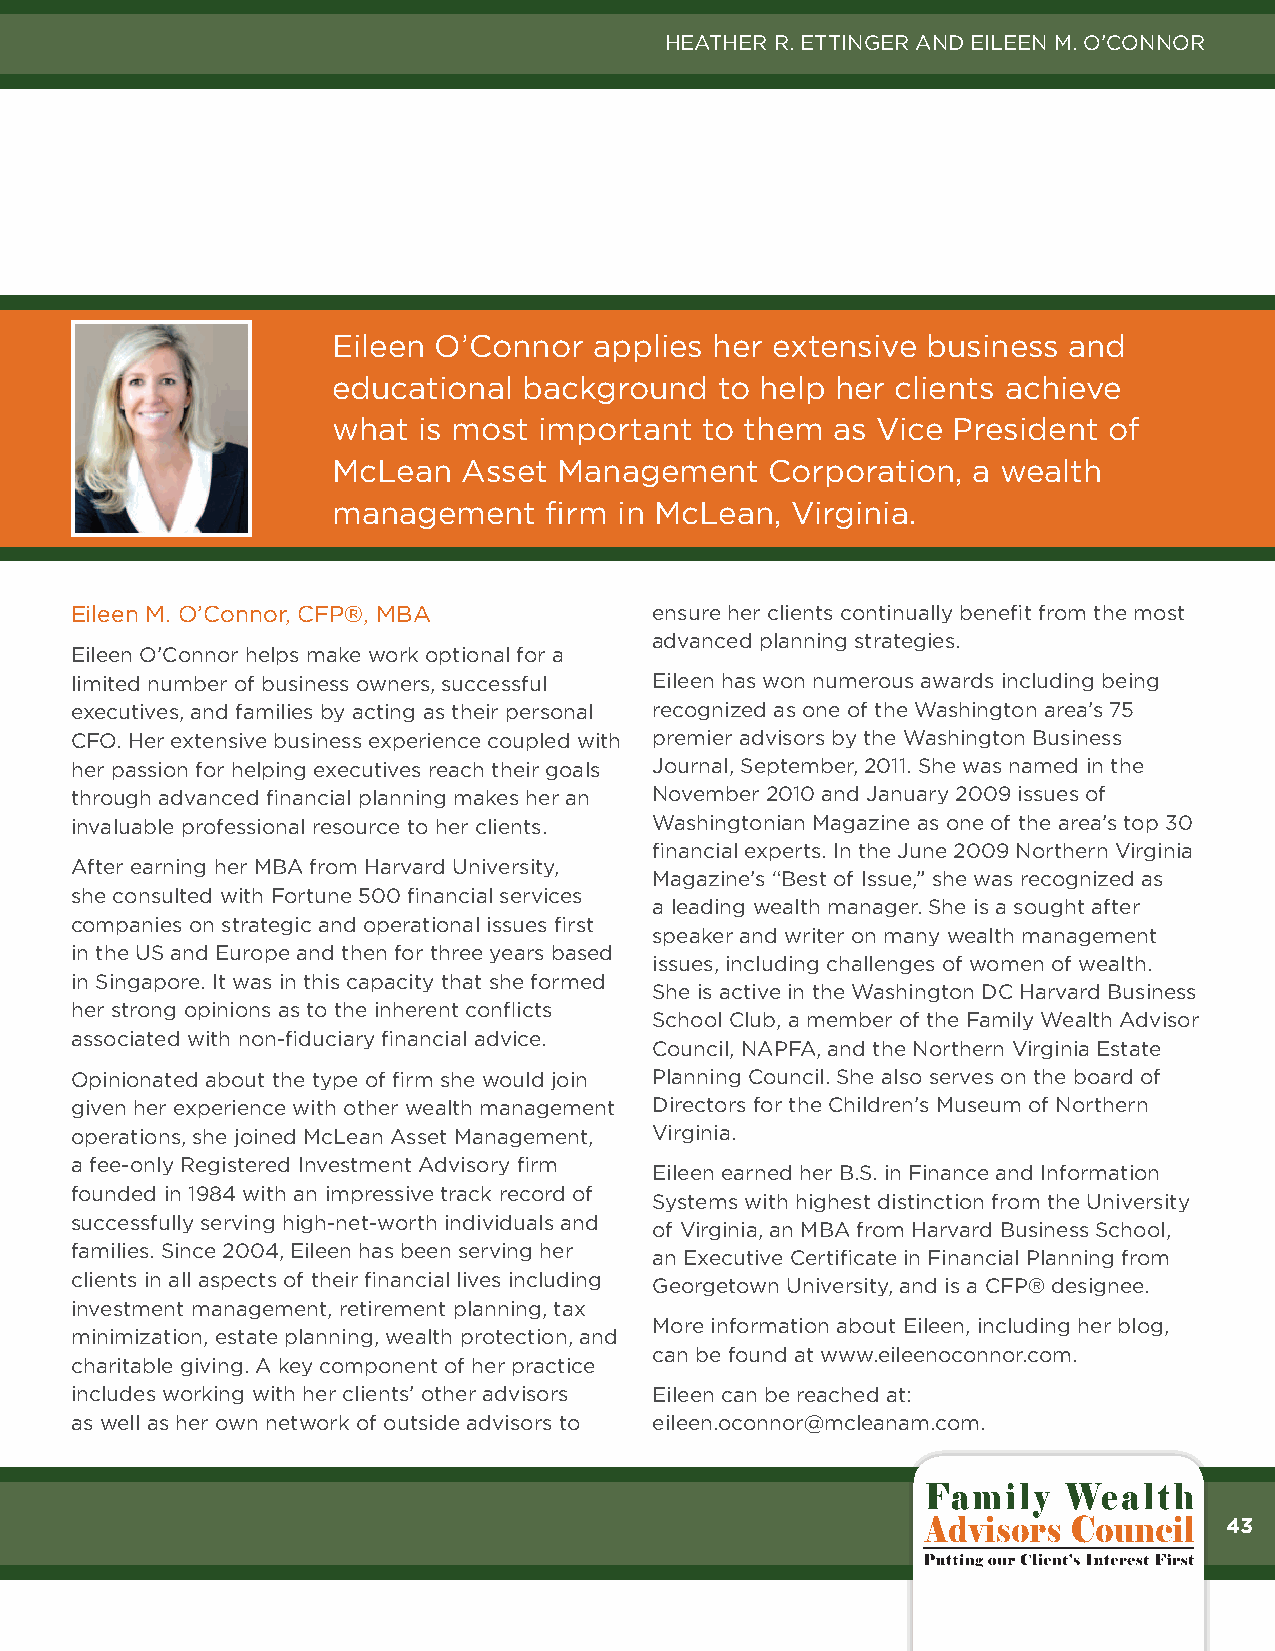
HEATHER R. ETTINGER AND EILEEN M. O’CONNOR
 Eileen O’Connor  applies her extensive business  and
 educational  background   to help her clients achieve
 what  is most important to them  as Vice President of
 McLean   Asset Management    Corporation, a wealth
 management    firm in McLean, Virginia.
 Eileen M. O’Connor, CFP®, MBA         ensure her clients continually benefit from the most
 advanced planning strategies.
 Eileen O’Connor helps make work optional for a
 limited number of business owners, successful Eileen has won numerous awards including being
 executives, and families by acting as their personal recognized as one of the Washington area’s 75
 CFO. Her extensive business experience coupled with premier advisors by the Washington Business
 her passion for helping executives reach their goals Journal, September, 2011. She was named in the
 through advanced financial planning makes her an November 2010 and January 2009 issues of
 invaluable professional resource to her clients. Washingtonian Magazine as one of the area’s top 30
 financial experts. In the June 2009 Northern Virginia
 After earning her MBA from Harvard University,
 Magazine’s “Best of Issue,” she was recognized as
 she consulted with Fortune 500 financial services
 a leading wealth manager. She is a sought after
 companies on strategic and operational issues first
 speaker and writer on many wealth management
 in the US and Europe and then for three years based
 issues, including challenges of women of wealth.
 in Singapore. It was in this capacity that she formed
 She is active in the Washington DC Harvard Business
 her strong opinions as to the inherent conflicts
 School Club, a member of the Family Wealth Advisor
 associated with non-fiduciary financial advice.
 Council, NAPFA, and the Northern Virginia Estate
 Opinionated about the type of firm she would join Planning Council. She also serves on the board of
 given her experience with other wealth management Directors for the Children’s Museum of Northern
 operations, she joined McLean Asset Management, Virginia.
 a fee-only Registered Investment Advisory firm
 Eileen earned her B.S. in Finance and Information
 founded in 1984 with an impressive track record of
 Systems with highest distinction from the University
 successfully serving high-net-worth individuals and
 of Virginia, an MBA from Harvard Business School,
 families. Since 2004, Eileen has been serving her
 an Executive Certificate in Financial Planning from
 clients in all aspects of their financial lives including
 Georgetown University, and is a CFP® designee.
 investment management, retirement planning, tax
 More information about Eileen, including her blog,
 minimization, estate planning, wealth protection, and
 can be found at www.eileenoconnor.com.
 charitable giving. A key component of her practice
 includes working with her clients’ other advisors Eileen can be reached at:
 as well as her own network of outside advisors to eileen.oconnor@mcleanam.com.
 43